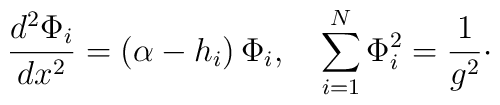
{d^{2}\Phi_{i}\over dx^{2}} = (\alpha -h_{i})\, \Phi_{i},\quad\sum_{i=1}^{N}\Phi_{i}^{2} = {1\over g^{2}}\cdotp